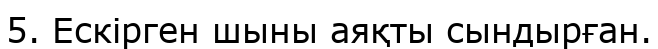
5. Ескірген шыны аяқты сындырған.